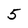
Character: 5